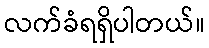
လက်ခံရရှိပါတယ်။